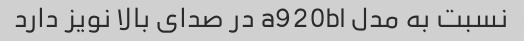
نسبت به مدل a920bl در صدای بالا نویز دارد